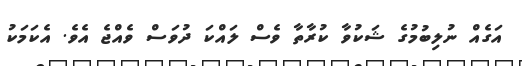
އަގެއް ނުލިބުމުގެ ޝަކުވާ ކުރާތާ ވެސް ލައްކަ ދުވަސް ވެއްޖެ އެވެ. އެކަމަކު